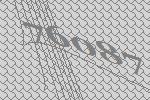
76087